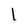
Character: l